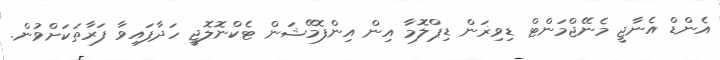
އެންޑް އެނާޖީ މެނޭޖްމަންޓް ޑިވިޜަން ޑިޕްލޮމާ އިން އިންފޮމޭޝަން ޓެކްނޮލޮޖީ ހަދާފައިވާ ފަރާތަކަށްވުން.